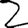
Digit: 2